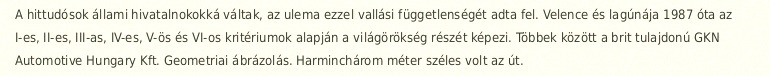
A hittudósok állami hivatalnokokká váltak, az ulema ezzel vallási függetlenségét adta fel. Velence és lagúnája 1987 óta az I-es, II-es, III-as, IV-es, V-ös és VI-os kritériumok alapján a világörökség részét képezi. Többek között a brit tulajdonú GKN Automotive Hungary Kft. Geometriai ábrázolás. Harminchárom méter széles volt az út.